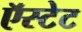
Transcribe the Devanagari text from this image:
ऍस्टेट